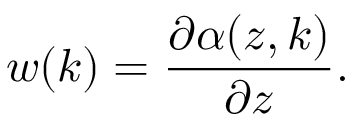
w ( k ) = \frac { \partial \alpha ( z , k ) } { \partial z } .